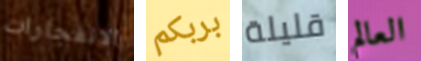
الانفجارات بربكم قليلة العالم